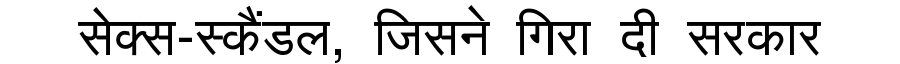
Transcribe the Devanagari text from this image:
सेक्स-स्कैंडल, जिसने गिरा दी सरकार